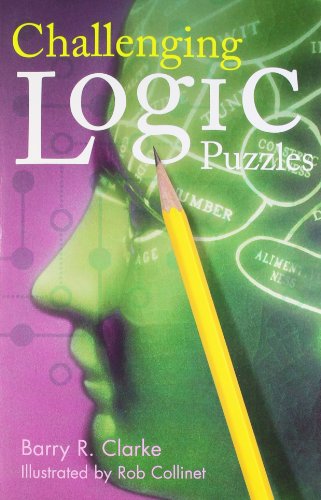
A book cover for Challenging Logic Puzzles (MensaÂ®); Barry R Clarke; Humor & Entertainment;